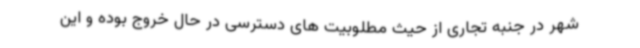
شهر در جنبه تجاری از حیث مطلوبیت های دسترسی در حال خروج بوده و این